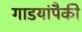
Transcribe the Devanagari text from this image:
गाडयांपैकी